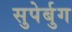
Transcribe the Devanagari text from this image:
सुपेर्बुग